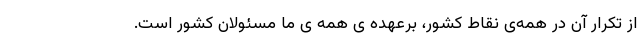
از تکرار آن در همه‌ی نقاط کشور، برعهده ی همه ی ما مسئولان کشور است.